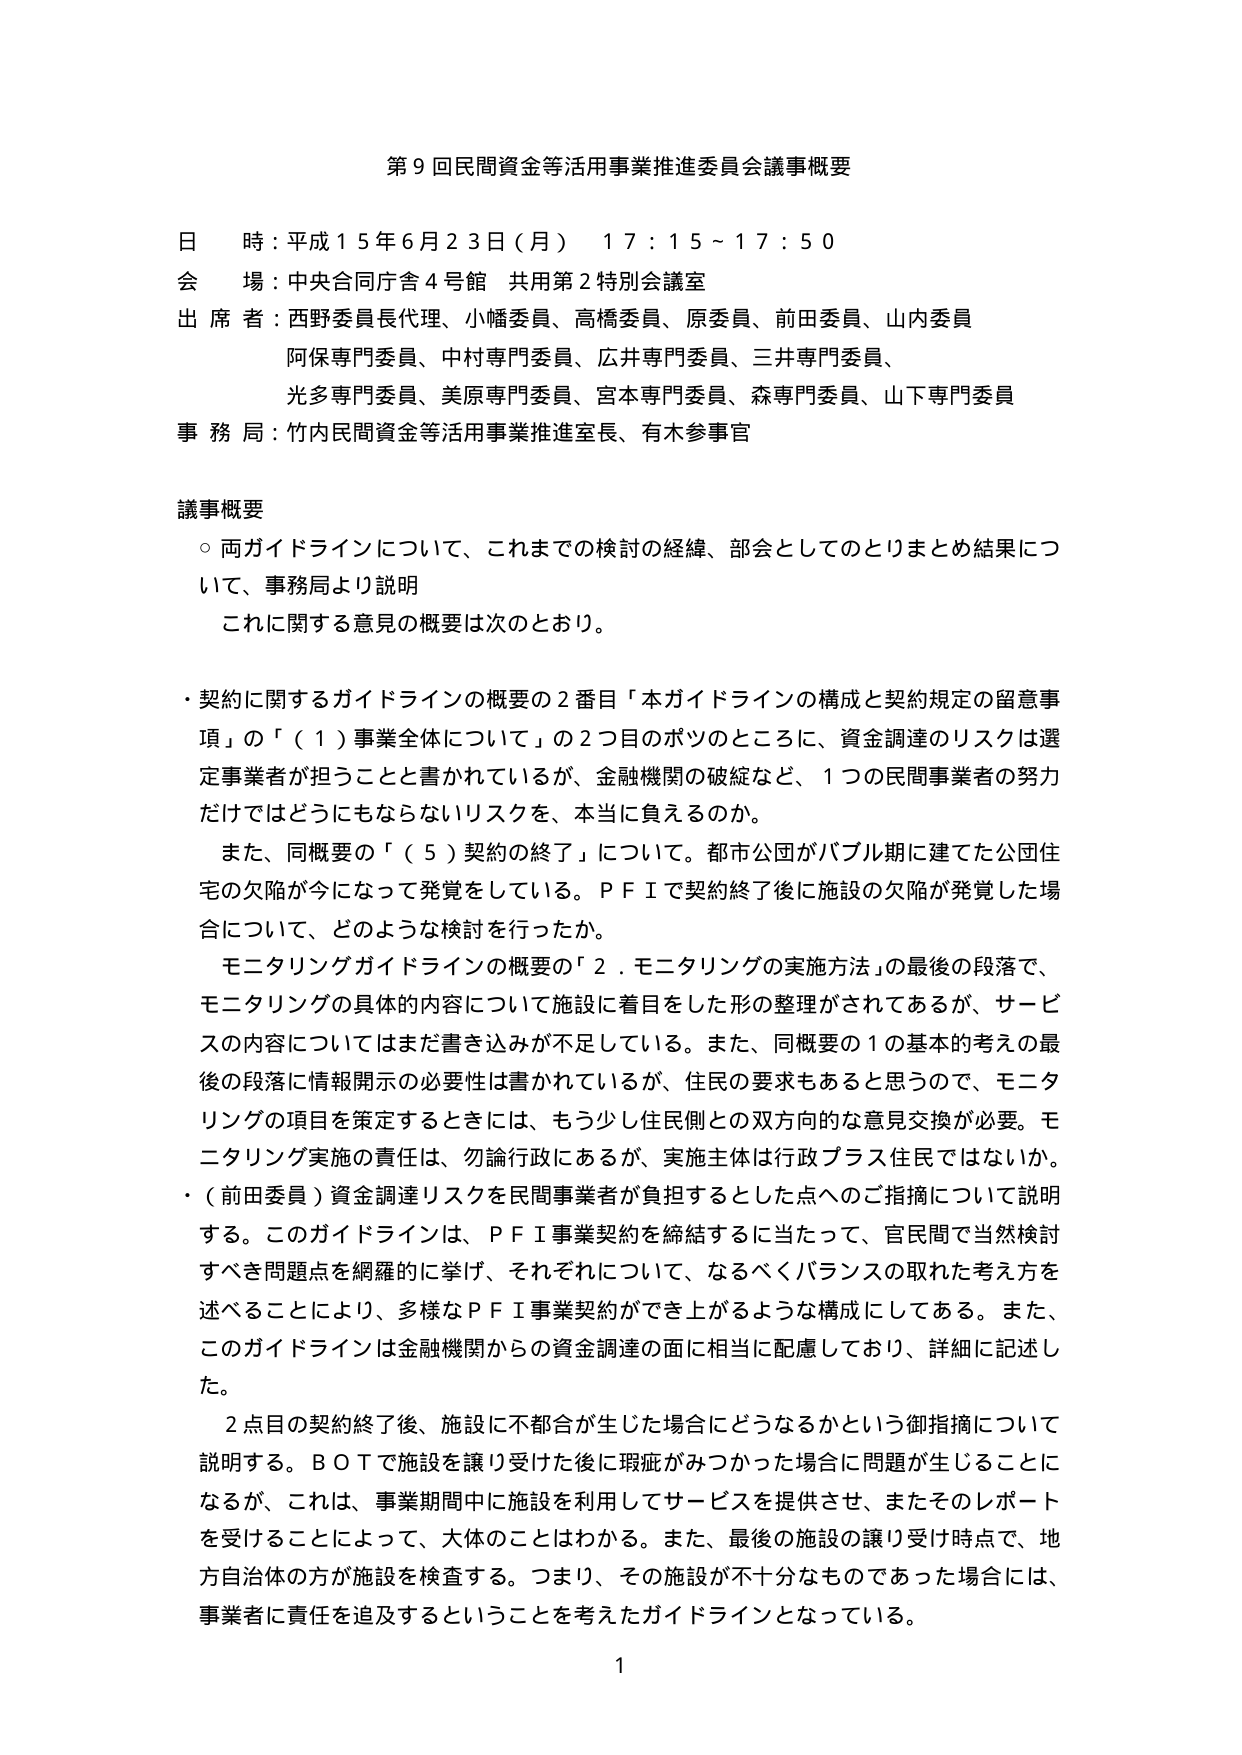
第９回民間資金等活用事業推進委員会議事概要

日 時：平成１５年６月２３日（月） １７：１５～１７：５０
会 場：中央合同庁舎４号館 共用第２特別会議室
出 席 者：西野委員長代理、小幡委員、高橋委員、原委員、前田委員、山内委員
　　　　阿保専門委員、中村専門委員、広井専門委員、三井専門委員、
　　　　光多専門委員、美原専門委員、宮本専門委員、森専門委員、山下専門委員
事 務 局：竹内民間資金等活用事業推進室長、有木参事官

議事概要
　○ 両ガイドラインについて、これまでの検討の経緯、部会としてのとりまとめ結果について、事務局より説明
　　これに関する意見の概要は次のとおり。

　・契約に関するガイドラインの概要の２番目「本ガイドラインの構成と契約規定の留意事項」の「（１）事業全体について」の２つ目のボツのところに、資金調達のリスクは選定事業者が担うことと書かれているが、金融機関の破綻など、１つの民間事業者の努力だけではどうにもならないリスクを、本当に負えるのか。
　　また、同概要の「（５）契約の終了」について。都市公団がバブル期に建てた公団住宅の欠陥が今になって発覚している。ＰＦＩで契約終了後に施設の欠陥が発覚した場合について、どのような検討を行ったか。
　　モニタリングガイドラインの概要の「２．モニタリングの実施方法」の最後の段落で、モニタリングの具体的内容について施設に着目をした形の整理がされてあるが、サービスの内容についてはまだ書き込みが不足している。また、同概要の１の基本の考えの最後の段落に情報開示の必要性は書かれているが、住民の要求もあると思うので、モニタリングの項目を策定するときには、もう少し住民側との双方向的な意見交換が必要。モニタリング実施の責任は、勿論行政にあるが、実施主体は行政プラス住民ではないか。

　・（前田委員）資金調達リスクを民間事業者が負担するとした点へのご指摘について説明する。このガイドラインは、ＰＦＩ事業契約を締結するに当たって、官民間で当然検討すべき問題点を網羅的に挙げ、それぞれについて、なるべくバランスの取れた考え方を述べることにより、多様なＰＦＩ事業契約ができ上がるような構成にしてある。また、このガイドラインは金融機関からの資金調達の面に相当に配慮しており、詳細に記述した。

　　２点目の契約終了後、施設に不都合が生じた場合にどうなるかという御指摘について説明する。ＢＯＴで施設を譲り受けた後に瑕疵がみつかった場合に問題が生じることになるが、これは、事業期間中に施設を利用してサービスを提供させ、またそのレポートを受けることによって、大体のことはわかる。また、最後の施設の譲り受け時点で、地方自治体の方が施設を検査する。つまり、その施設が不十分なものであった場合には、事業者に責任を追及することを考えたガイドラインとなっている。

1